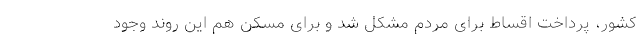
کشور، پرداخت اقساط برای مردم مشکل شد و برای مسکن هم این روند وجود